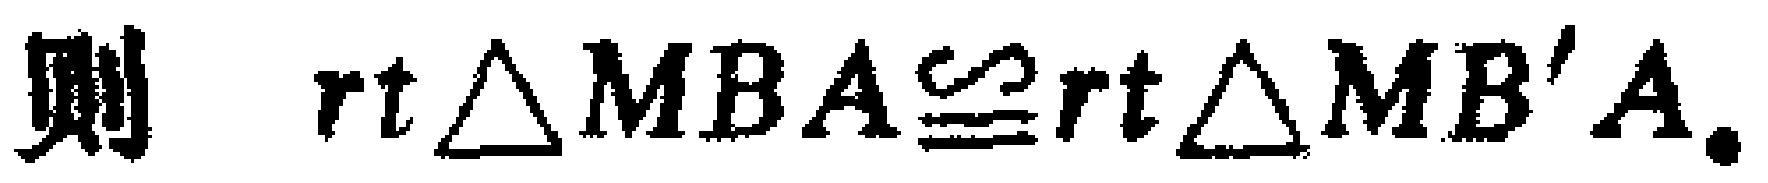
则 \( \text{rt} \triangle MBA\cong\text{rt} \triangle MB'A \).